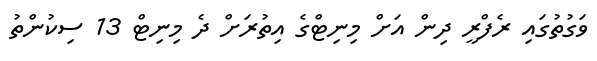
ވަގުތުގައި ރެފްރީ ދިން އަށް މިނިޓްގެ އިތުރަށް ދެ މިނިޓް 13 ސިކުންތު